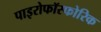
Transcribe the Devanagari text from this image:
पाइरोफॉस्फोरिक